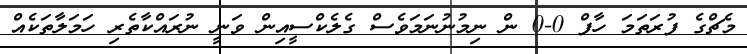
މެޗްގެ ފުރަތަމަ ހާފް 0-0 ން ނިމުނުނަމަވެސް ގެލެކްސީއިން ވަނީ ނުރައްކާތެރި ހަމަލާތަކެއް